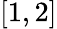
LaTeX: [1,2]